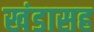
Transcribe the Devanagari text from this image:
खंडासह